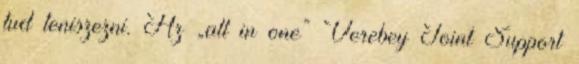
tud teniszezni. Az „all in one” Verebey Joint Support